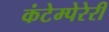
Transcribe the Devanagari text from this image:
कंटेम्पेरेरी